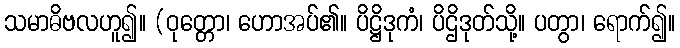
သမာဓိဗလဟူ၍။ (ဝုတ္တော၊ ဟောအပ်၏။ ပိဋ္ဌိဒုကံ၊ ပိဌိဒုတ်သို့။ ပတွာ၊ ရောက်၍။